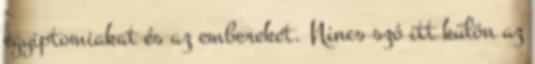
egyiptomiakat és az embereket. Nincs szó itt külön az